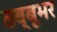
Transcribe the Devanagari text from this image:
ढब्बूभर